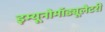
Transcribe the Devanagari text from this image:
इम्यूनोमॉड्यूलेटरी